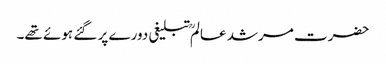
حضرت مرشد عالمؒ تبلیغی دورے پر گئے ہوئے تھے۔